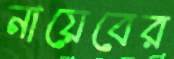
নায়েবের